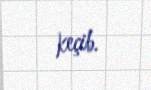
keçib.